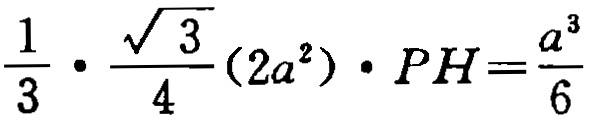
$\frac{1}{3} \cdot \frac{\sqrt{3}}{4}(2a^{2}) \cdot PH=\frac{a^{3}}{6}$